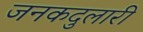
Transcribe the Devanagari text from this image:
जनकदुलारी